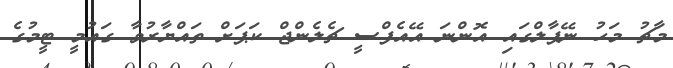
މާޗު މަހު ނޭޕާލްގައި އޮންނަ އޭއެފްސީ ޗެލެންޖް ކަޕަށް ތައްޔާރުވާ ގައުމީ ޓީމުގެ